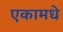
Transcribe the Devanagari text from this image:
एकामधे